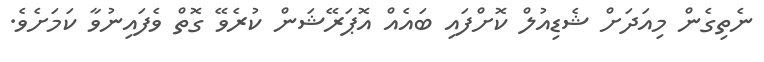
ނެތިގެން މިއަދަށް ޝެޑިއުލް ކޮށްފައި ބައެއް އޮޕަރޭޝަން ކުރެވޭ ގޮތް ވެފައިނުވާ ކަމަށެވެ.